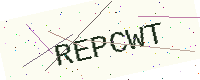
Text: REPCWT